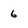
Character: 6